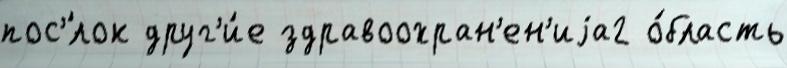
пос'́лок друг'и́е здравоохран'ен'иjа2 о́бласть